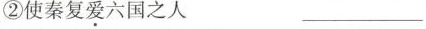
②使秦复爱六国之人 ___